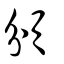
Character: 頒